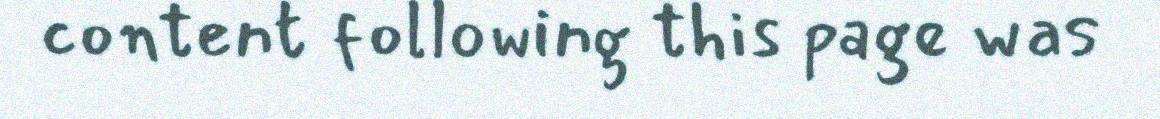
content following this page was